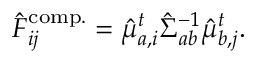
\begin{array} { r } { \hat { F } _ { i j } ^ { \mathrm { c o m p . } } = \hat { \mu } _ { a , i } ^ { t } { \hat { \Sigma } } _ { a b } ^ { - 1 } \hat { \mu } _ { b , j } ^ { t } . } \end{array}